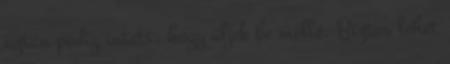
aztán pedig intett, hogy üljek be mellé. Biztos lehet